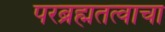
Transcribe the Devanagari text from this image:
परब्रह्मतत्वाचा